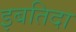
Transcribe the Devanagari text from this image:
इबतिदा